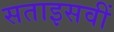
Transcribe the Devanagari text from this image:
सताइसवीं